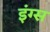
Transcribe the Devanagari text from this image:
इंग्स